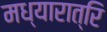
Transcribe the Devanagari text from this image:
मध्यारात्रि